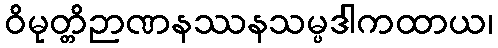
ဝိမုတ္တိဉာဏနဿနသမ္ပဒါကထာယ၊